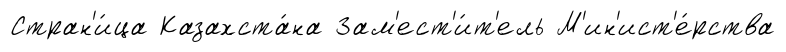
Стран'и́ца Казахста́на Зам'ест'и́т'ель М'ин'ист'е́рства